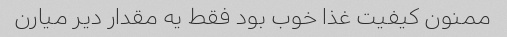
ممنون کیفیت غذا خوب بود فقط یه مقدار دیر میارن